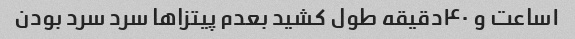
۱ساعت و ۴۰دقیقه طول کشید بعدم پیتزاها سرد سرد بودن